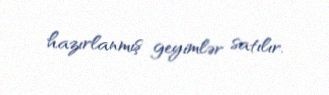
hazırlanmış geyimlər satılır.